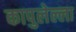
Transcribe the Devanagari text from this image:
कापुलेल्ला